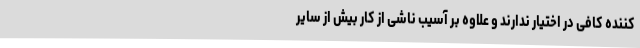
کننده کافی در اختیار ندارند و علاوه بر آسیب ناشی از کار بیش از سایر